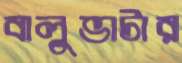
বালুভাটার